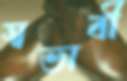
স্বভাবী